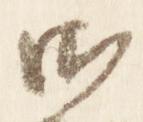
御